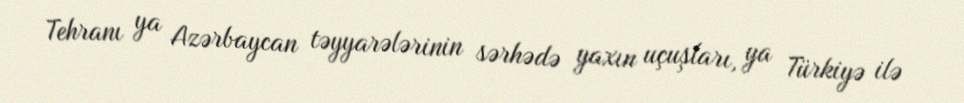
Tehranı ya Azərbaycan təyyarələrinin sərhədə yaxın uçuşları, ya Türkiyə ilə